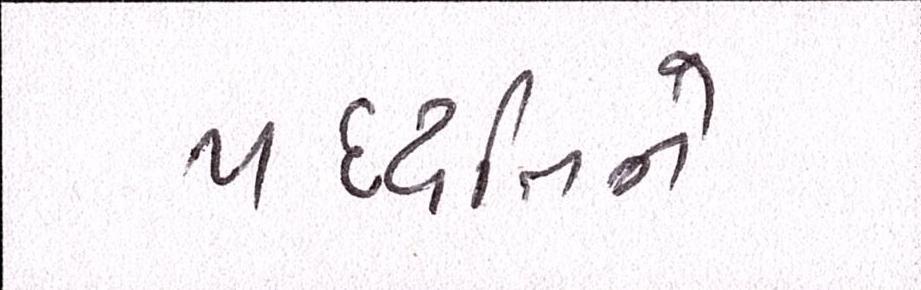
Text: પદ્ધતિને